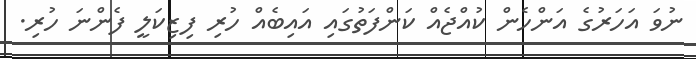
ނުވަ އަހަރުގެ އަންހެން ކުއްޖެއް ކަންފަތުގައި އައިބެއް ހުރި ފިޒިކަލީ ފެންނަ ހުރި.